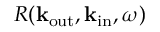
R ( { \bf k } _ { \mathrm { o u t } } , { \bf k } _ { \mathrm { i n } } , \omega )